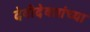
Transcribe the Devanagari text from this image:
देवीदेवतांच्या